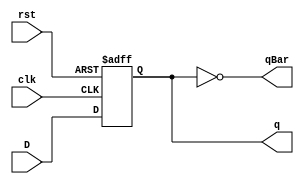
// EE 471 Lab 1,  Beck Pang, Spring 2015
// Sample D FlipFlop offered from the document

// @requires: an input, a clock, an active low reset
// @returns: a clocked input value, and its negative value
module DFlipFlop(q, qBar, D, clk, rst);
	input D, clk, rst;
	output q, qBar;
	reg q;
	not n1 (qBar, q);
	
	always@ (negedge rst or posedge clk)
	begin
		// active low reset
		if(!rst)
			q = 0;
		else
			q = D;
	end
endmodule